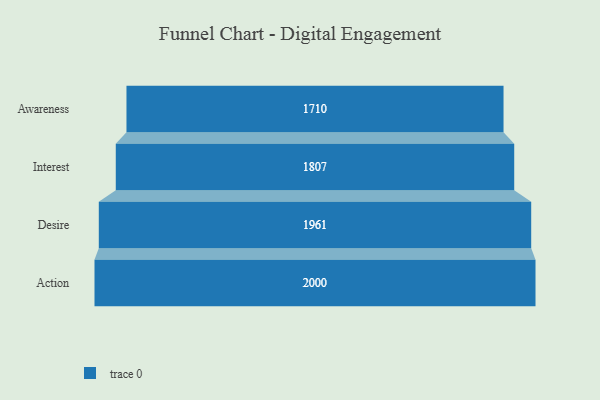
{"axis": {"x": "Stage", "y": "Value"}, "legend": [""], "data": [{"x": "Awareness", "y": 1710.0, "type": ""}, {"x": "Interest", "y": 1807.0, "type": ""}, {"x": "Desire", "y": 1961.0, "type": ""}, {"x": "Action", "y": 2000, "type": ""}]}